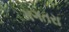
મગતરા